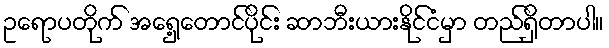
ဥရောပတိုက် အရှေ့တောင်ပိုင်း ဆာဘီးယားနိုင်ငံမှာ တည်ရှိတာပါ။